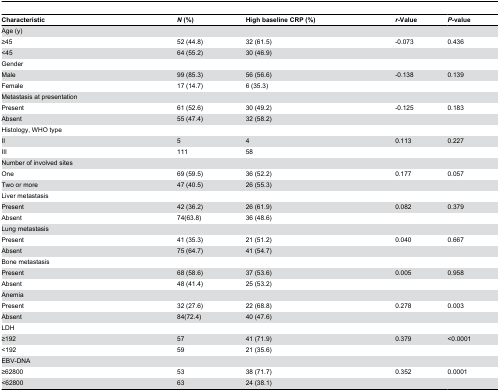
<table><thead><tr><td><b>Characteristic </b></td><td><b><i>N</i> (%)</b></td><td><b>High baseline CRP (%)</b></td><td><b><i>r</i>-Value</b></td><td><b><i>P</i>-value</b></td></tr></thead><tbody><tr><td>Age (y) </td><td></td><td></td><td></td><td></td></tr><tr><td>≥45</td><td>52 (44.8)</td><td>32 (61.5)</td><td>-0.073</td><td>0.436</td></tr><tr><td>&lt;45</td><td>64 (55.2)</td><td>30 (46.9)</td><td></td><td></td></tr><tr><td>Gender </td><td></td><td></td><td></td><td></td></tr><tr><td>Male </td><td>99 (85.3)</td><td>56 (56.6)</td><td>-0.138</td><td>0.139</td></tr><tr><td>Female </td><td>17 (14.7)</td><td>6 (35.3)</td><td></td><td></td></tr><tr><td>Metastasis at presentation</td><td></td><td></td><td></td><td></td></tr><tr><td>Present </td><td>61 (52.6)</td><td>30 (49.2)</td><td>-0.125</td><td>0.183</td></tr><tr><td>Absent</td><td>55 (47.4)</td><td>32 (58.2)</td><td></td><td></td></tr><tr><td>Histology, WHO type</td><td></td><td></td><td></td><td></td></tr><tr><td>II</td><td>5</td><td>4</td><td>0.113</td><td>0.227</td></tr><tr><td>III</td><td>111</td><td>58</td><td></td><td></td></tr><tr><td>Number of involved sites</td><td></td><td></td><td></td><td></td></tr><tr><td>One</td><td>69 (59.5)</td><td>36 (52.2)</td><td>0.177</td><td>0.057</td></tr><tr><td>Two or more</td><td>47 (40.5)</td><td>26 (55.3)</td><td></td><td></td></tr><tr><td>Liver metastasis</td><td></td><td></td><td></td><td></td></tr><tr><td>Present </td><td>42 (36.2)</td><td>26 (61.9)</td><td>0.082</td><td>0.379</td></tr><tr><td>Absent</td><td>74(63.8)</td><td>36 (48.6)</td><td></td><td></td></tr><tr><td>Lung metastasis</td><td></td><td></td><td></td><td></td></tr><tr><td>Present </td><td>41 (35.3)</td><td>21 (51.2)</td><td>0.040</td><td>0.667</td></tr><tr><td>Absent</td><td>75 (64.7)</td><td>41 (54.7)</td><td></td><td></td></tr><tr><td>Bone metastasis</td><td></td><td></td><td></td><td></td></tr><tr><td>Present </td><td>68 (58.6)</td><td>37 (53.6)</td><td>0.005</td><td>0.958</td></tr><tr><td>Absent</td><td>48 (41.4)</td><td>25 (53.2)</td><td></td><td></td></tr><tr><td>Anemia </td><td></td><td></td><td></td><td></td></tr><tr><td>Present</td><td>32 (27.6)</td><td>22 (68.8)</td><td>0.278</td><td>0.003</td></tr><tr><td>Absent</td><td>84(72.4)</td><td>40 (47.6)</td><td></td><td></td></tr><tr><td>LDH</td><td></td><td></td><td></td><td></td></tr><tr><td>≥192</td><td>57</td><td>41 (71.9)</td><td>0.379</td><td>&lt;0.0001</td></tr><tr><td>&lt;192</td><td>59</td><td>21 (35.6)</td><td></td><td></td></tr><tr><td>EBV-DNA</td><td></td><td></td><td></td><td></td></tr><tr><td>≥62800</td><td>53</td><td>38 (71.7)</td><td>0.352</td><td>0.0001</td></tr><tr><td>&lt;62800</td><td>63</td><td>24 (38.1)</td><td></td><td></td></tr></tbody></table>